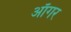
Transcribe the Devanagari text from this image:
ऑगर